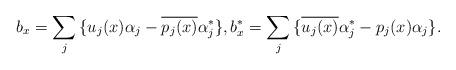
LaTeX: \begin{align*}b_{x} = \sum_j{\{u_j(x)\alpha_j - \overline{p_j(x)}\alpha_j^\ast\}},b^\ast_{x} = \sum_j{\{\overline{u_j(x)}\alpha_j^\ast - p_j(x)\alpha_j\}}.\end{align*}